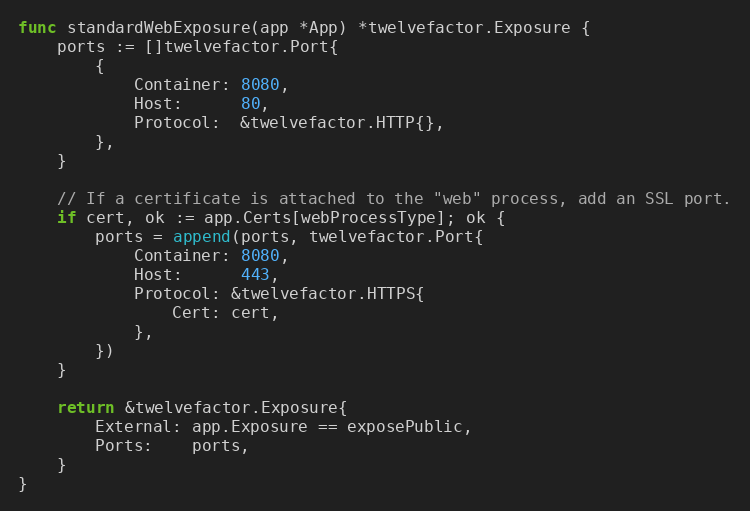
Language: Go
func standardWebExposure(app *App) *twelvefactor.Exposure {
	ports := []twelvefactor.Port{
		{
			Container: 8080,
			Host:      80,
			Protocol:  &twelvefactor.HTTP{},
		},
	}

	// If a certificate is attached to the "web" process, add an SSL port.
	if cert, ok := app.Certs[webProcessType]; ok {
		ports = append(ports, twelvefactor.Port{
			Container: 8080,
			Host:      443,
			Protocol: &twelvefactor.HTTPS{
				Cert: cert,
			},
		})
	}

	return &twelvefactor.Exposure{
		External: app.Exposure == exposePublic,
		Ports:    ports,
	}
}